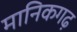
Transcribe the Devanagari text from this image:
मानिकगढ़